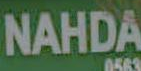
NAHDA